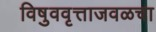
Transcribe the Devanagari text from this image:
विषुववृत्ताजवळचा